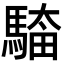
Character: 𮪎